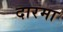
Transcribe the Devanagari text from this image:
दारमा